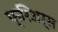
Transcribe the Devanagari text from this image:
फ्रिअर्स